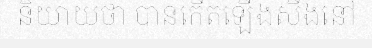
និយាយថា បានកើតឡើងសឹងនៅ